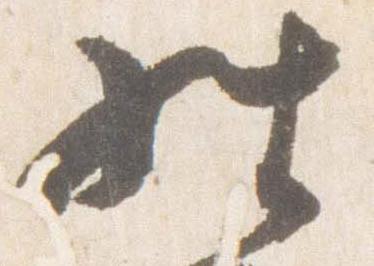
経